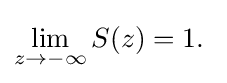
\lim _{z\rightarrow -\infty }S(z)=1.\